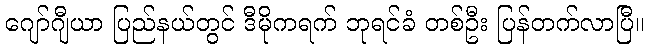
ဂျော်ဂျီယာ ပြည်နယ်တွင် ဒီမိုကရက် ဘုရင်ခံ တစ်ဦး ပြန်တက်လာပြီ။